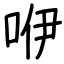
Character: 咿